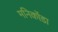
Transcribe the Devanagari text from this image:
मनिकोंडा